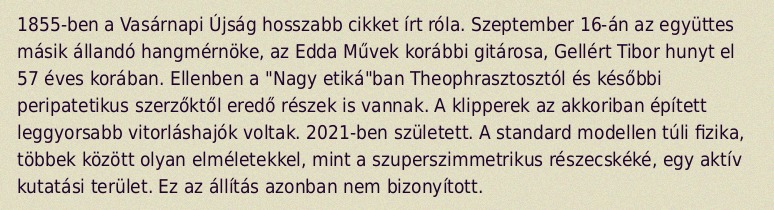
1855-ben a Vasárnapi Újság hosszabb cikket írt róla. Szeptember 16-án az együttes másik állandó hangmérnöke, az Edda Művek korábbi gitárosa, Gellért Tibor hunyt el 57 éves korában. Ellenben a "Nagy etiká"ban Theophrasztosztól és későbbi peripatetikus szerzőktől eredő részek is vannak. A klipperek az akkoriban épített leggyorsabb vitorláshajók voltak. 2021-ben született. A standard modellen túli fizika, többek között olyan elméletekkel, mint a szuperszimmetrikus részecskéké, egy aktív kutatási terület. Ez az állítás azonban nem bizonyított.